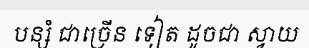
បន្សំ ជាច្រើន ទៀត ដូចជា ស្វាយ